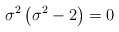
\begin{align*}\sigma ^2\left( \sigma ^2-2\right) =0 \end{align*}